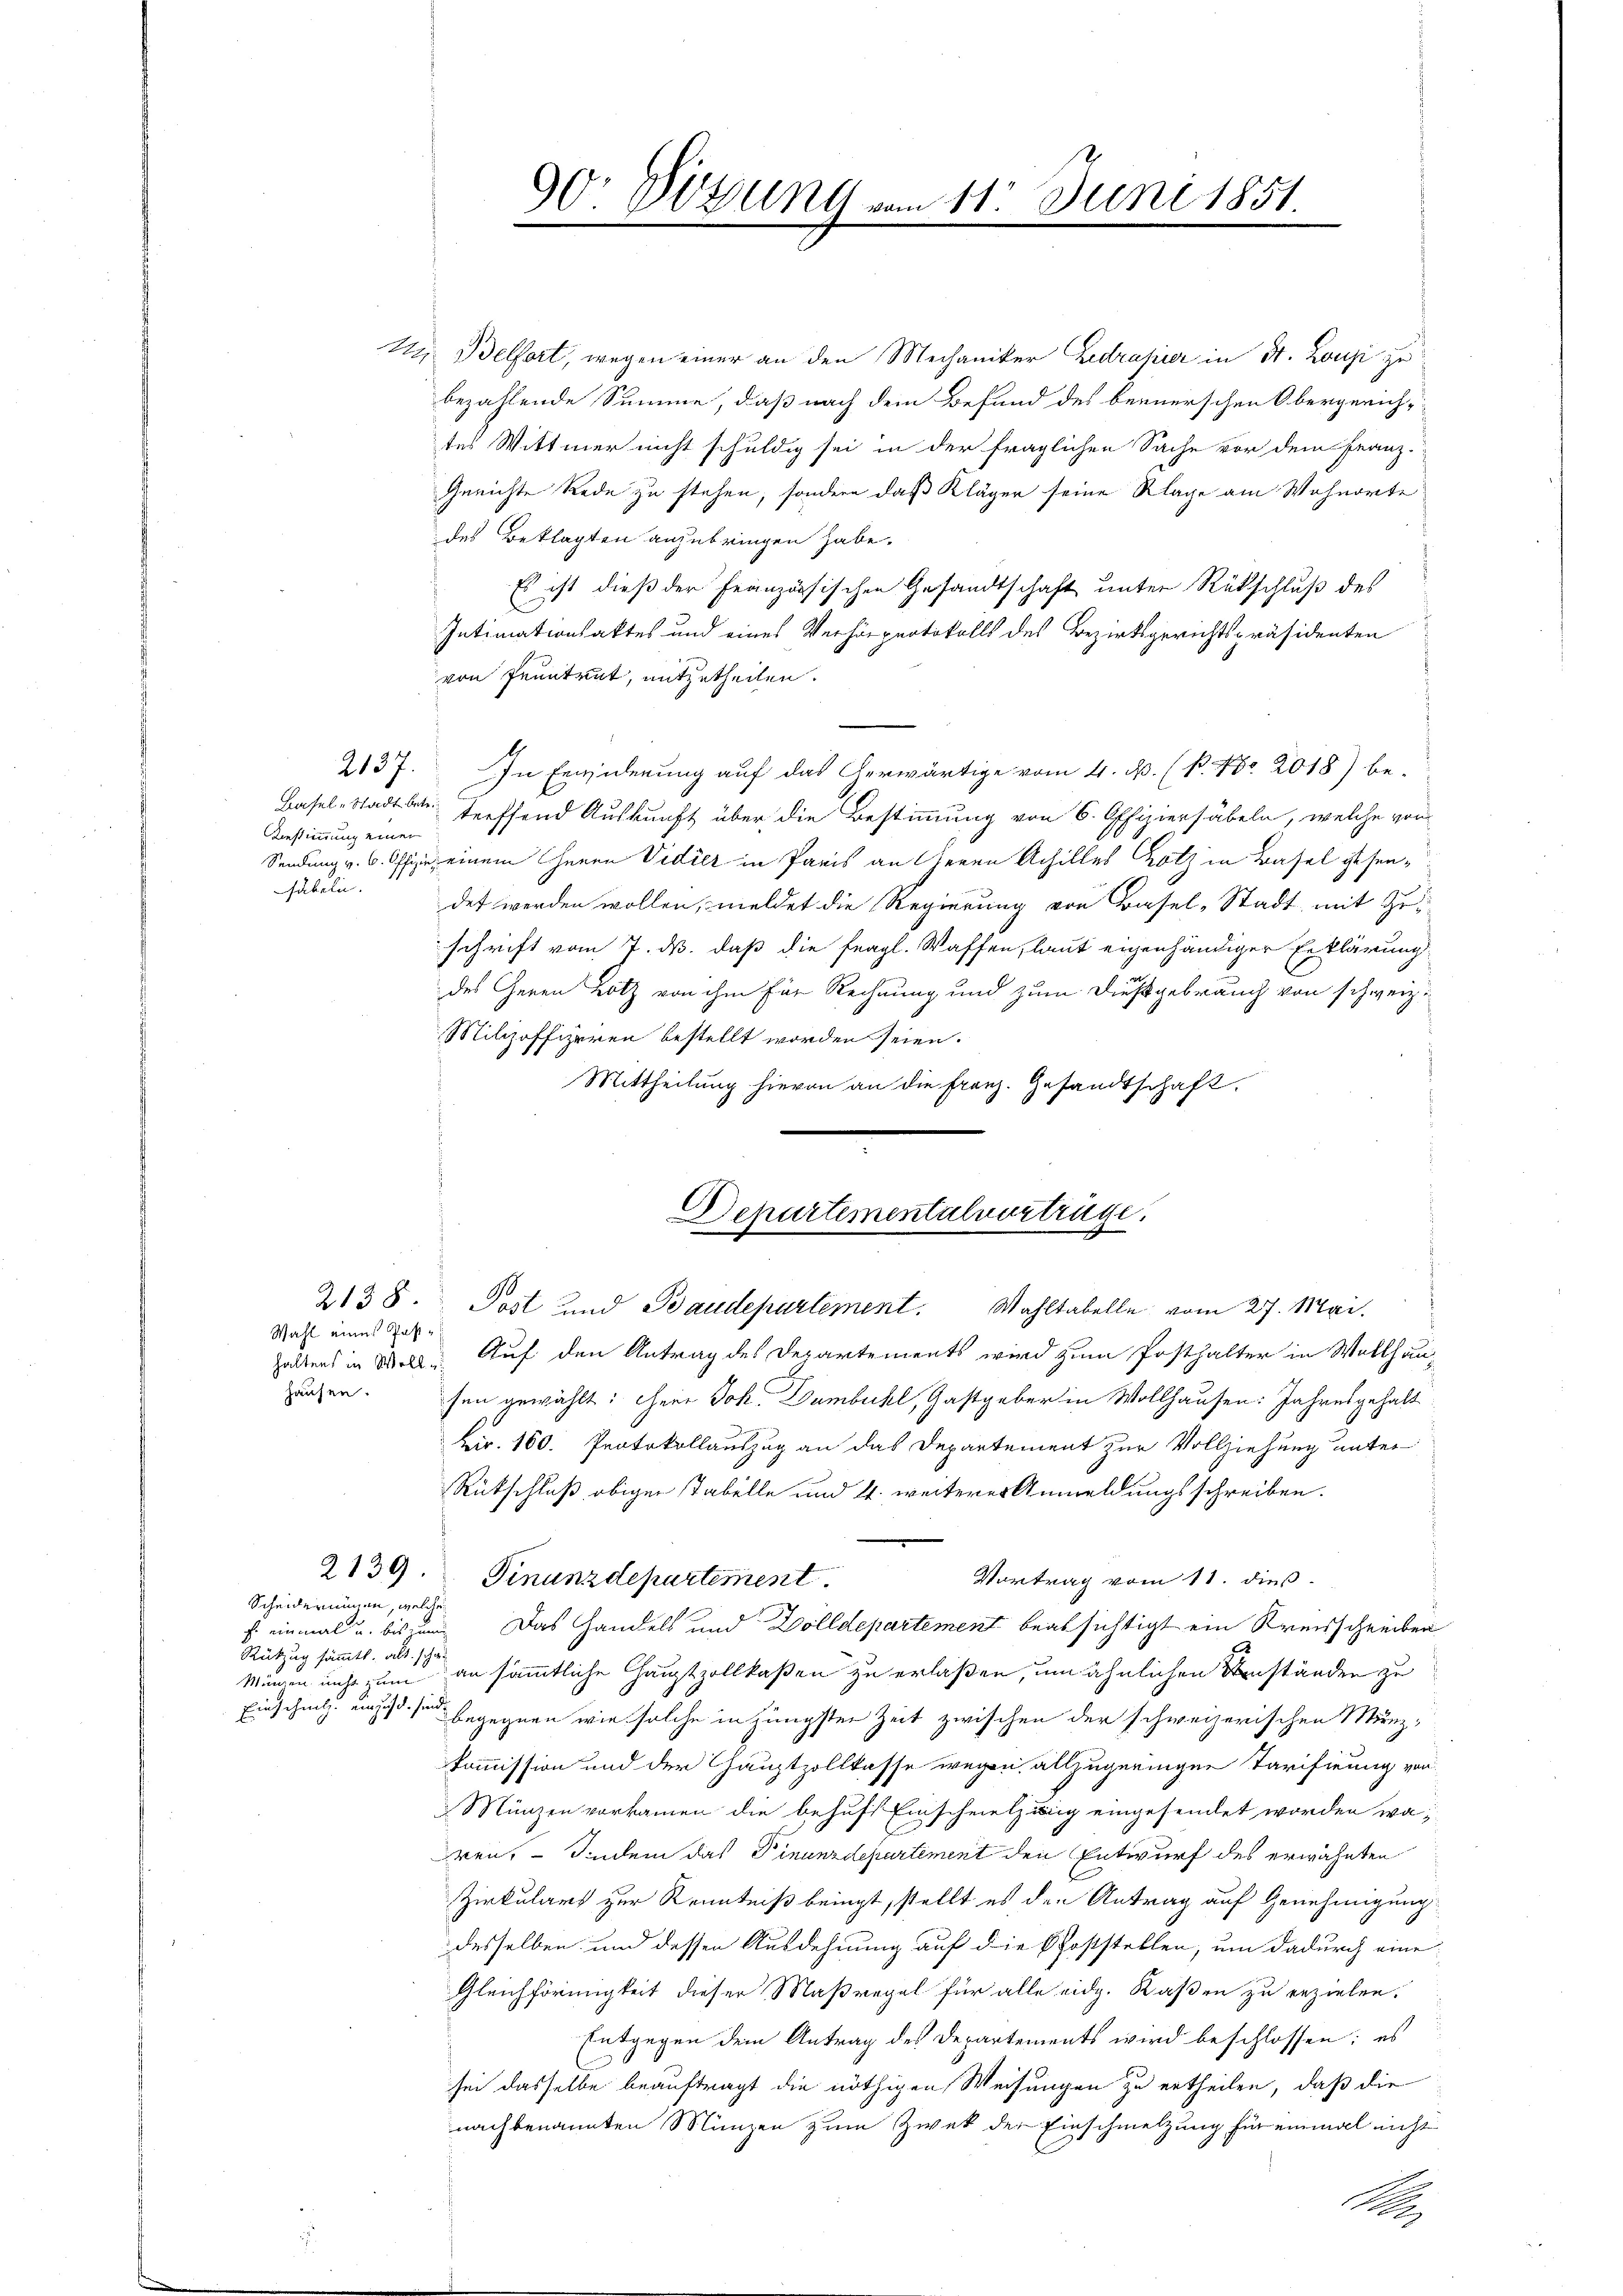
Ainstimmung einer
fabeln.

Wahl eines Posthausen.

2138.

Scheiderungen, welche
Rükug sämmtl. als schä¬
Einschnellen und sind

90 Vösung vom 11. Juni 1851.

Departementalverträge.
Post und Baudepartement. Wahltabelle vom 27. Mai.

M. Belfort, wegen einer an den Mechaniker Zedrapier in St. Lausi zu
bezahlende Summe, daß nach dem Befund des bernerschen Obergerich-
tes Wittmer nicht schuldig sei in der fraglichen Sache vor dem Franz-
Gerichte Rede zu stehen, sondern daß Kläger seine Klage am Wohnorte
des Beklagten anzubringen habe.
Es ist dieß der Französischen Gesandtschaft unter Rückschluß des
Intimationsaktes und eines Verhörpertokolls des Bezirksgerichtspräsidenten
von Feuntrut, mitzutheilen.
2137. In Erwiderung auf das Verwärtige vom 4. M. (B. Nr. 2018) be-
Basel-Stadtbet treffend Auskunft über die Bestimmung von 6. Offiziersäbeln, welche von
Sendung v. 6. Offizir einem Herrn Vidier in Paris an Herrn Achilles Roth in Basel gesendet werden wollen, meldet die Regierung von Basel-Stadt mit Zuschrift vom 7. ds. daß die fragl. Waffen, laut eigenhändiger Erklärung
des Herrn Hotz von ihm für Rechnung und zum Dießgebrauch von schweiz.
Milizoffiziren bestellt worden seien.
Mittheilung hievon an die Franz. Gesandtschaft
haltens in Wolle Auf den Antrag des Departements wird zum Posthalter in Wollhausen gewählt: Herr Joh. Dumbuchl, Gastgeber in Wollhausen: Jahresgehalt
Bir. 160. Protokollauszug an das Departement zur Vollziehung unter
Rütschluß obiger Tabelle und 4. weiterer Anmeldungsschreiben.
2139. Finanzdepartement.
Vortrag vom 11. dieß.
f einmal u. bis zum Das Handels und Dolldepartement beabsichtigt ein Kreisschreiben
Minen um an sämmtliche Hauptzollkaßen zu erlaßen, um ähnlichen Verständen zu
begegnen wie solche in jüngsten Zeit zwischen der schweizerischen Münz¬
Kommission und der Hauptzollkasse wegen allzugeringen Tarifirung von
Münzen vorkammen die behufs Einschmelzung eingesendet worden waren, – sindem das Finanzdepartement den Entwurf des erwähnten
Zirkulars zur Kenntniß bringt, stellt es den Antrag auf Genehmigung
desselben und dessen Ausdehnung auf die Schoststellen, um dadurch eine
Gleichförmigkeit dieser Maßregel für alle eidg. Kaßen zu erzielen.
Entgegen dem Antrag des Departements wird beschlossen; es
sei dasselbe beauftragt die nöthigen Weisungen zu ertheilen, daß die
nachbenannten Münzen zum Zwek der Einschmelzung für einmal nicht
A